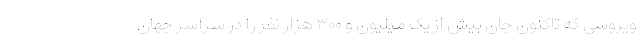
ویروسی که تاکنون جان بیش از یک میلیون و ۳۰۰ هزار نفر را در سراسر جهان